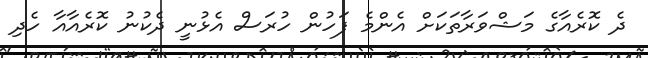
ދެ ކޮރެއާގެ މަޝްވަރާތަކަށް އެންމެ ފަހުން ހުރަސް އެޅުނީ ދެކުނު ކޮރެއާއާ ހެދި